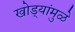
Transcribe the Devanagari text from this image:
खोड्यांमुळे